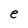
Character: e